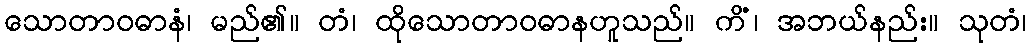
သောတာဝဓာနံ၊ မည်၏။ တံ၊ ထိုသောတာဝဓာနဟူသည်။ ကိံ၊ အဘယ်နည်း။ သုတံ၊